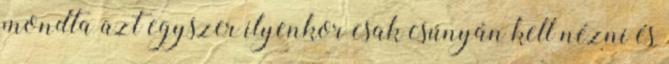
mondta azt egyszer ilyenkor csak csúnyán kell nézni és